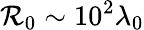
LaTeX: \mathcal{R}_{0}\sim10^{2}\lambda_{0}